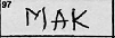
Transcription: MAK